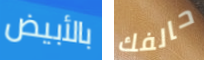
بالأبيض حالفك